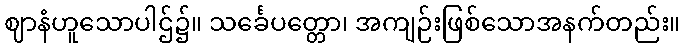
ဈာနံဟူသောပါဌ်၌။ သင်္ခေပတ္တော၊ အကျဉ်းဖြစ်သောအနက်တည်း။